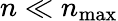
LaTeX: n\ll n_{\mathrm{max}}